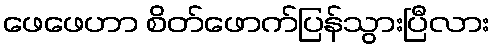
ဖေဖေဟာ စိတ်ဖောက်ပြန်သွားပြီလား